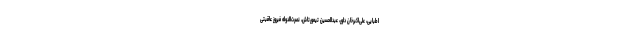
اطبایی، علی‌اکبرخان داور، عبدالحسین تیمورتاش، نصرت‌الدوله فیروز عاقبتی